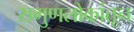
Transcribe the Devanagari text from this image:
सगुणलोकांतून